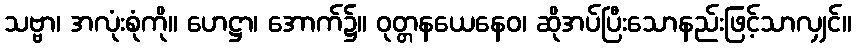
သဗ္ဗာ၊ အလုံးစုံကို။ ဟေဋ္ဌာ၊ အောက်၌။ ဝုတ္တနယေနေဝ၊ ဆိုအပ်ပြီးသောနည်းဖြင့်သာလျှင်။